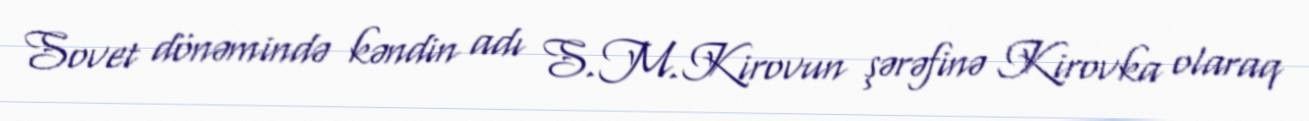
Sovet dönəmində kəndin adı S.M.Kirovun şərəfinə Kirovka olaraq